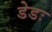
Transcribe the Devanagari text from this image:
डेडः